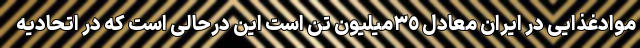
موادغذایی در ایران معادل ٣٥‌میلیون تن است این درحالی است که در اتحادیه